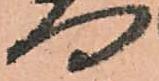
門